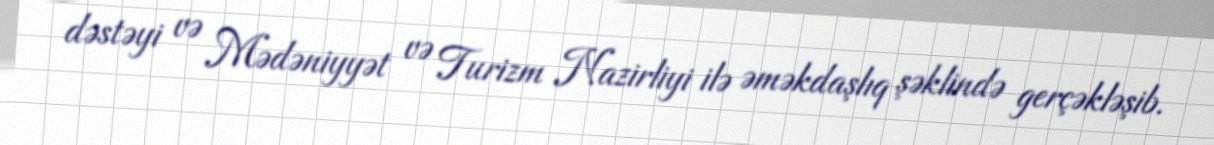
dəstəyi və Mədəniyyət və Turizm Nazirliyi ilə əməkdaşlıq şəklində gerçəkləşib.